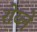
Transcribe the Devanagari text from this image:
रोय्ले